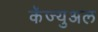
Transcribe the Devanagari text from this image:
कॅज्युअल